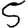
Digit: 5